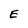
Character: E